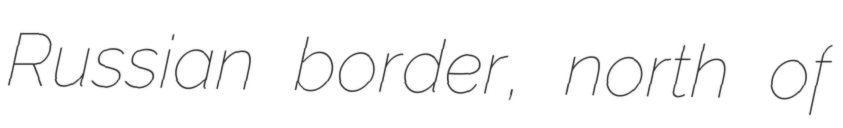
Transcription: Russian border, north of